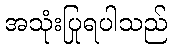
အသုံးပြုရပါသည်